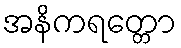
အနိကရတ္တော